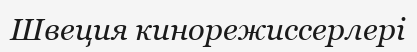
Швеция кинорежиссерлері